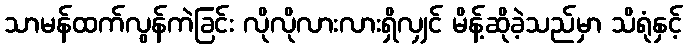
သာမန်ထက်လွန်ကဲခြင်း လိုလိုလားလားရှိလျှင် မိန့်ဆိုခဲ့သည်မှာ သိရုံနှင့်